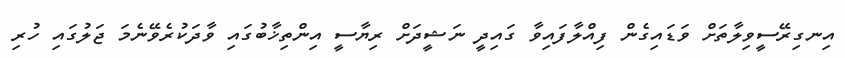
އިނގިރޭސީވިލާތަށް ވަޑައިގެން ފިއްލާފައިވާ ގައިދީ ނަޝީދަށް ރިޔާސީ އިންތިޚާބުގައި ވާދަކުރެވޭނެމަ ޖަލުގައި ހުރި